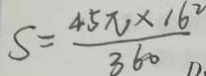
S = \frac { 4 5 \pi \times 1 6 ^ { 2 } } { 3 6 0 }